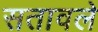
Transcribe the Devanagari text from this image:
सतावले